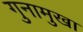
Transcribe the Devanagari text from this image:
गुनामुखा